Vaccination in Bombay 1863-1868 - 1863-1868
Year: 1863
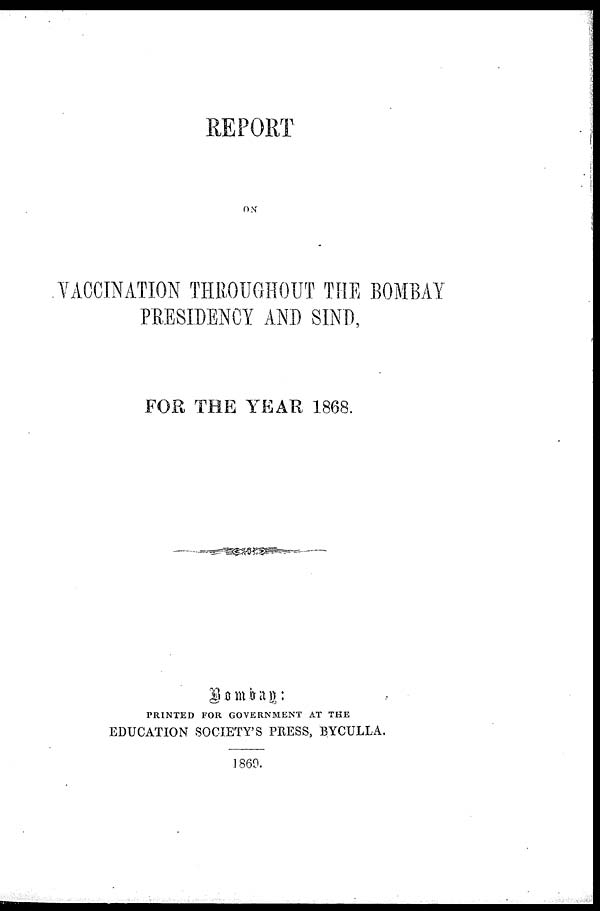
REPORT
ON
VACCINATION THROUGHOUT THE BOMBAY
PRESIDENCY AND SIND,
FOR THE YEAR 1868.
Bombay:
PRINTED FOR GOVERNMENT AT THE
EDUCATION SOCIETY'S PRESS, BYCULLA.
1869.